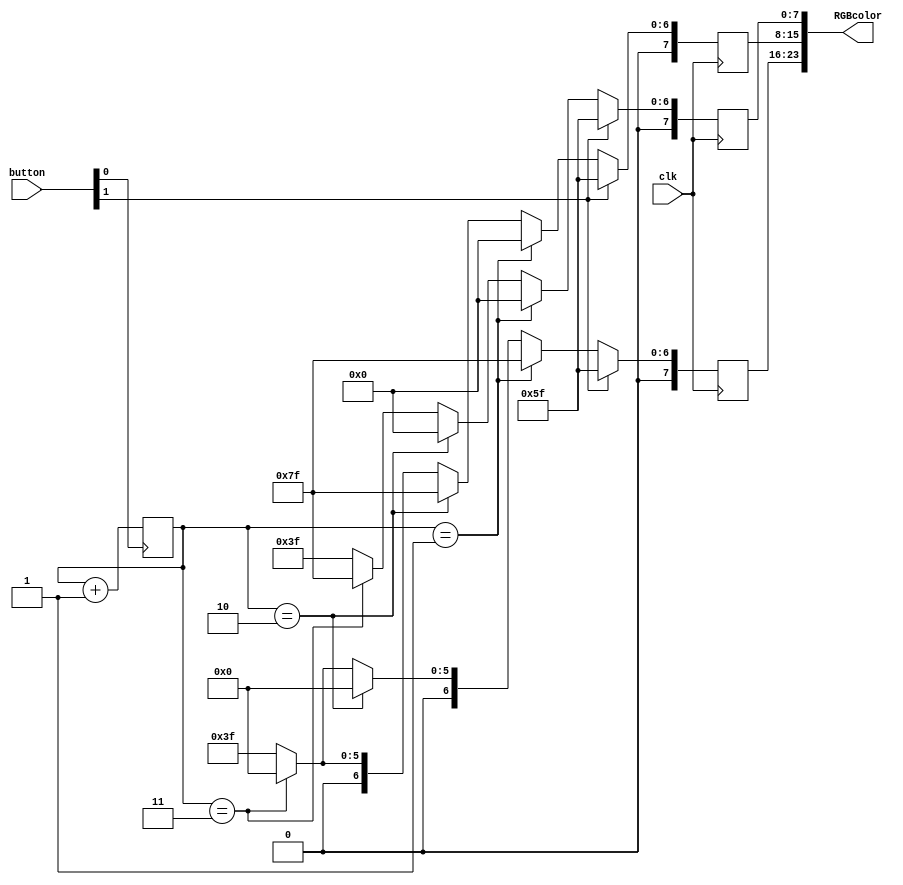
`timescale 1ns / 1ps
//////////////////////////////////////////////////////////////////////////////////
//
// Module Name:		RGB_color_set
// Project Name:	Joystick_Controller
// Target Devices:	ICE40
// Tool versions:	APIO
// Description: Cycles the RGB color setting, each of R,G,B are a single byte
//////////////////////////////////////////////////////////////////////////////////

module RGB_color_set(
	input clk,
	input [1:0] button,
	output [23:0] RGBcolor
    );

	// ===========================================================================
	// 							  Parameters, Regsiters, and Wires
	// ===========================================================================
	reg [1:0] cunt = 2'd0;
	reg [7:0] red;
	reg [7:0] gre;
	reg [7:0] blu;

	// ===========================================================================
	// 										Implementation
	// ===========================================================================

	always @ (posedge button[0])
		begin
			//if (button[0])
				cunt <= cunt+1;
		end

	// Begin
	always @ (posedge clk)
		begin

		// Default Color
		if(button[1]) begin
			red <= 8'b01011111;
			gre <= 8'b01011111;
			blu <= 8'b01011111;
		end

		// Color shit
		else if (cunt == 1)begin
			red <= 8'b01111111;
			gre <= 8'b00000000;
			blu <= 8'b00000000;
			end

		else if (cunt == 2)begin
			red <= 8'b00000000;
			gre <= 8'b01111111;
			blu <= 8'b00000000;
			end

		else if (cunt == 3)begin
			red <= 8'b00000000;
			gre <= 8'b00000000;
			blu <= 8'b01111111;
			end

		// white light
		else begin
			red <= 8'b00111111;
			gre <= 8'b00111111;
			blu <= 8'b00111111;
			end

		end

	assign RGBcolor = {red, gre, blu};

endmodule